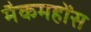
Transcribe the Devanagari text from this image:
मैकमहोंस